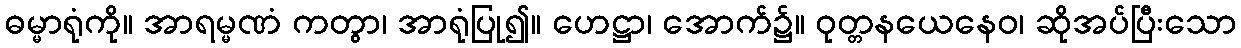
ဓမ္မာရုံကို။ အာရမ္မဏံ ကတွာ၊ အာရုံပြု၍။ ဟေဋ္ဌာ၊ အောက်၌။ ဝုတ္တနယေနေဝ၊ ဆိုအပ်ပြီးသော